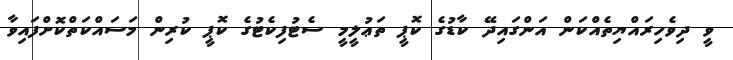
ވީ ދިވެހިރައްޔިތެއްކަން އަންގައިދޭ ކާޑުގެ ކޮޕީ ތަޢުލީމީ ސެޓުފިކެޓުގެ ކޮޕީ ކުރިން މަސައްކަތްކޮށްފައިވާ